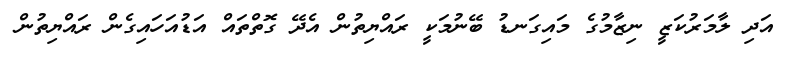
އަދި ލާމަރުކަޒީ ނިޒާމުގެ މައިގަނޑު ބޭނުމަކީ ރައްޔިތުން އެދޭ ގޮތްތައް އަޑުއަހައިގެން ރައްޔިތުން